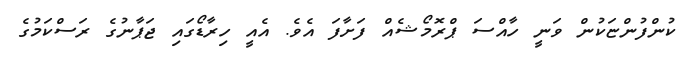
ކުންފުންޏަކުން ވަނީ ހާއްސަ ޕްރޮމޯޝެއް ފަށާފަ އެވެ. އެއީ ހިރާޑޯގައި ޖަޕާނުގެ ރަސްކަމުގެ